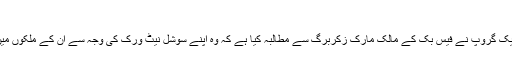
- ماہنامہ کمپیوٹنگ
برما، سری لنکا، بھارت، ویت نام اور دیگر ممالک سے تعلق رکھنے والے افراد کے ایک گروپ نے فیس بک کے مالک مارک زکربرگ سے مطالبہ کیا ہے کہ وہ اپنے سوشل نیٹ ورک کی وجہ سے ان کے ملکوں میں پیدا ہونے والے مسائل پر بھی اتنی ہی توجہ دیں جتنی کہ وہ مغربی دنیا کو دیتے ہیں۔